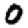
Digit: 0